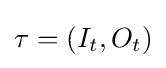
\tau =(I_{t},O_{t})